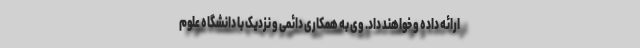
ارائه داده و خواهند داد. وی به همکاری دائمی و نزدیک با دانشگاه علوم